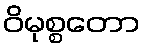
ဝိမုစ္စတော